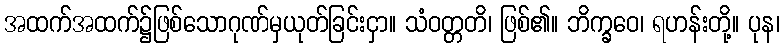
အထက်အထက်၌ဖြစ်သောဂုဏ်မှယုတ်ခြင်းငှာ။ သံဝတ္တတိ၊ ဖြစ်၏။ ဘိက္ခဝေ၊ ရဟန်းတို့။ ပုန၊